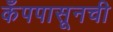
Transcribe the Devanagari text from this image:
कँपपासूनची